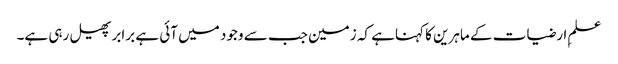
علمِ ارضیات کے ماہرین کا کہناہے کہ زمین جب سے وجود میں آئی ہے برابرپھیل رہی ہے۔